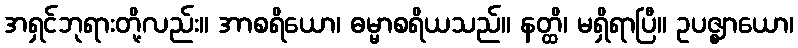
အရှင်ဘုရားတို့လည်း။ အာစရိယော၊ ဓမ္မာစရိယသည်။ နတ္ထိ၊ မရှိရာပြီ။ ဥပဇ္ဈာယော၊